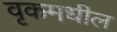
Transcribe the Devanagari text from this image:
वृकमधील